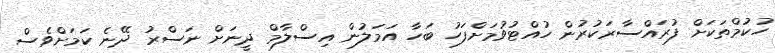
ހުކުމްތަކަށް ފުރައްސާރަކުރުން ހުއްޓުވުމަށްފަހު ބަހާ އަމަލުން އިސްލާމް ދީނަށް ނަސްރު ދޭނެ ކަމަށްވެސް